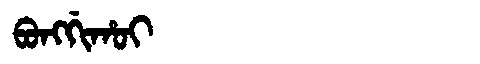
Manchu: ᠪᠣᠩᡤᡳᡥᠣᡳ
Romanization: BONGGIHOI